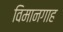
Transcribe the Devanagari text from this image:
विमानगाह